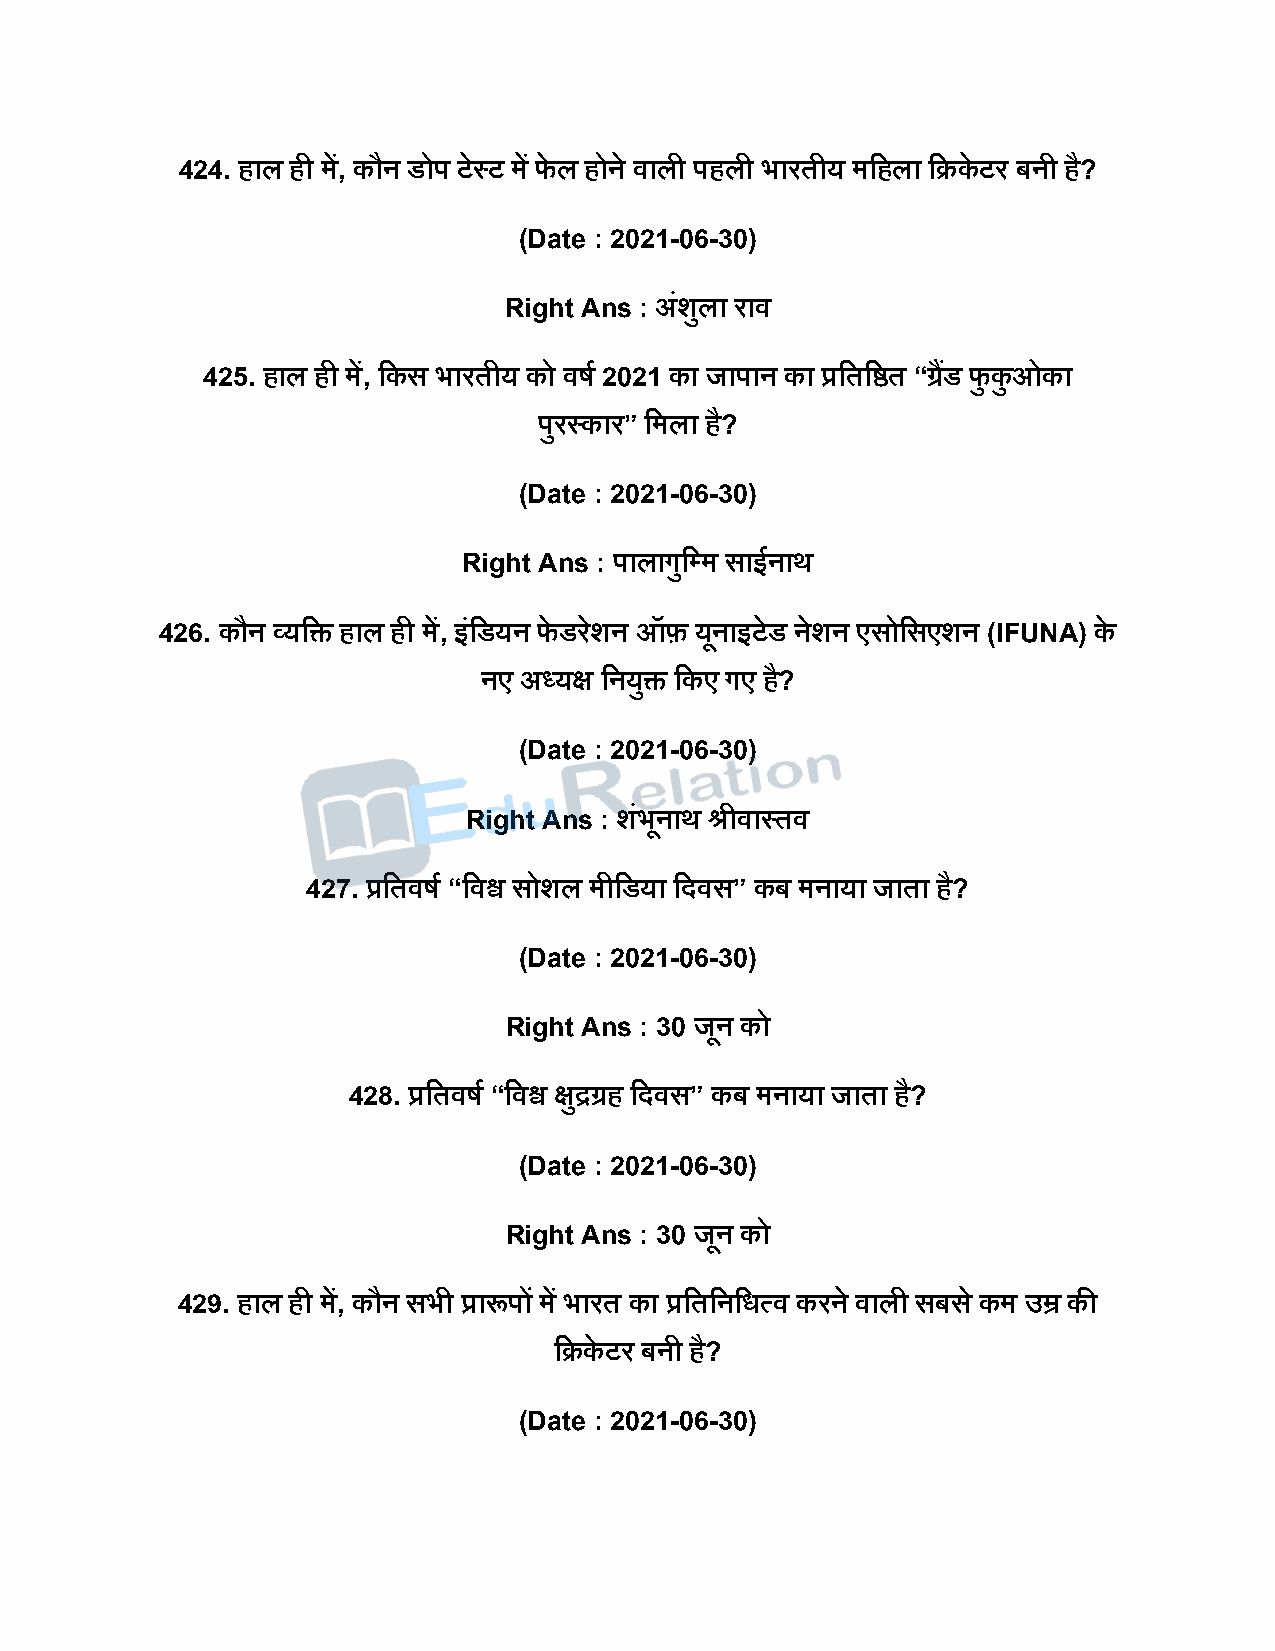
424. हाल ही में, कौन डोि टेस्ट में फे ल होने वाली िहली भारतीय मदहला दक्रके टर बनी है?
 (Date : 2021-06-30)
 Right Ans : अंशुला राव
 425. हाल ही में, दकस भारतीय को वर्ष 2021 का जािान का प्रदतदष्ठत “ग्रडैं फु कु ओका
 िुरस्कार” दमला है?
 (Date : 2021-06-30)
 Right Ans : िालागुदपम साईनाथ
 426. कौन व्यदि हाल ही में, इंदडयन फे डरशे न ऑफ यूनाइटेड नेशन एसोदसएशन (IFUNA) के
 नए अध्यक्ष दनयुि दकए गए ह?ै
 (Date : 2021-06-30)
 Right Ans : शंभूनाथ श्रीवास्तव
 427. प्रदतवर्ष “दवश्व सोशल मीदडया दिवस” कब मनाया जाता है?
 (Date : 2021-06-30)
 Right Ans : 30 जून को
 428. प्रदतवर्ष “दवश्व क्षुद्रग्रह दिवस” कब मनाया जाता है?
 (Date : 2021-06-30)
 Right Ans : 30 जून को
 429. हाल ही में, कौन सभी प्रारूिों में भारत का प्रदतदनदधत्व करने वाली सबस े कम उम्र की
 दक्रके टर बनी है?
 (Date : 2021-06-30)